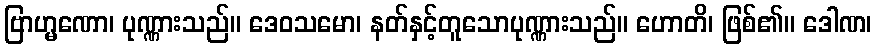
ဗြာဟ္မဏော၊ ပုဏ္ဏားသည်။ ဒေဝသမော၊ နတ်နှင့်တူသောပုဏ္ဏားသည်။ ဟောတိ၊ ဖြစ်၏။ ဒေါဏ၊